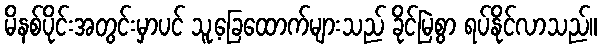
မိနစ်ပိုင်းအတွင်းမှာပင် သူ့ခြေထောက်များသည် ခိုင်မြဲစွာ ရပ်နိုင်လာသည်။